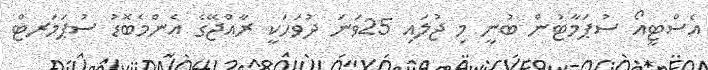
އެސްޓީއޯ ސުޕަމާޓުން ބުނީ މި ޖުލައި 25ވަނަ ދުވަހަކީ ރާއްޖޭގެ އެންމެބޮޑު ސުޕަމަރޓް